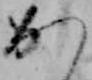
か